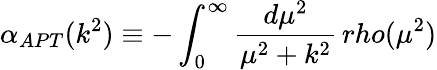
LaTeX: \alpha_{APT}(k^{2})\equiv-\int_{0}^{\infty}{\frac{d\mu^{2}}{\mu^{2}+k^{2}}}\, rho(\mu^{2})